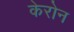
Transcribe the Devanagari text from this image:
केरोन